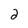
Character: 2